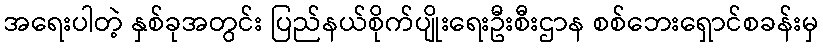
အရေးပါတဲ့ နှစ်ခုအတွင်း ပြည်နယ်စိုက်ပျိုးရေးဦးစီးဌာန စစ်ဘေးရှောင်စခန်းမှ